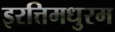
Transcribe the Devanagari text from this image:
इरत्तिमधुरम